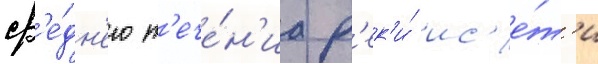
ср'е́дн'его т'ече́н'иа р'ек'и́ ис'е́т'и